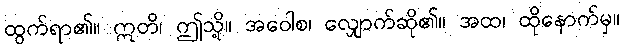
ထွက်ရာ၏။ ဣတိ၊ ဤသို့။ အဝေါစ၊ လျှောက်ဆို၏။ အထ၊ ထိုနောက်မှ။